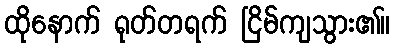
ထိုနောက် ရုတ်တရက် ငြိမ်ကျသွား၏။